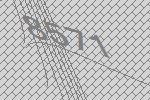
8571